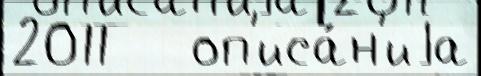
2011   оп'иса́н'иjа